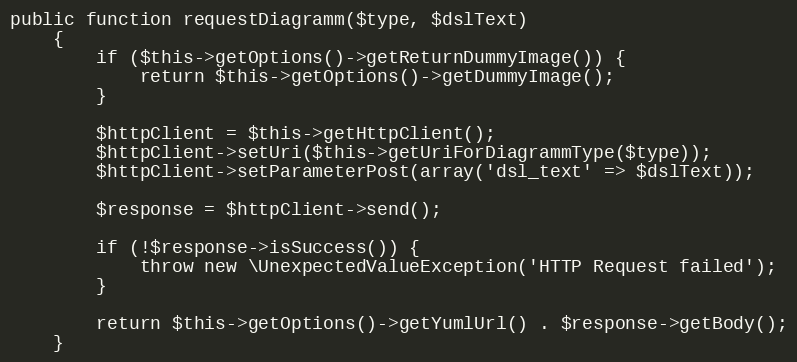
Language: PHP
public function requestDiagramm($type, $dslText)
    {
        if ($this->getOptions()->getReturnDummyImage()) {
            return $this->getOptions()->getDummyImage();
        }

        $httpClient = $this->getHttpClient();
        $httpClient->setUri($this->getUriForDiagrammType($type));
        $httpClient->setParameterPost(array('dsl_text' => $dslText));

        $response = $httpClient->send();

        if (!$response->isSuccess()) {
            throw new \UnexpectedValueException('HTTP Request failed');
        }

        return $this->getOptions()->getYumlUrl() . $response->getBody();
    }